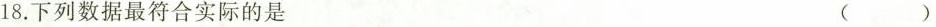
18.下列数据最符合实际的是 ()